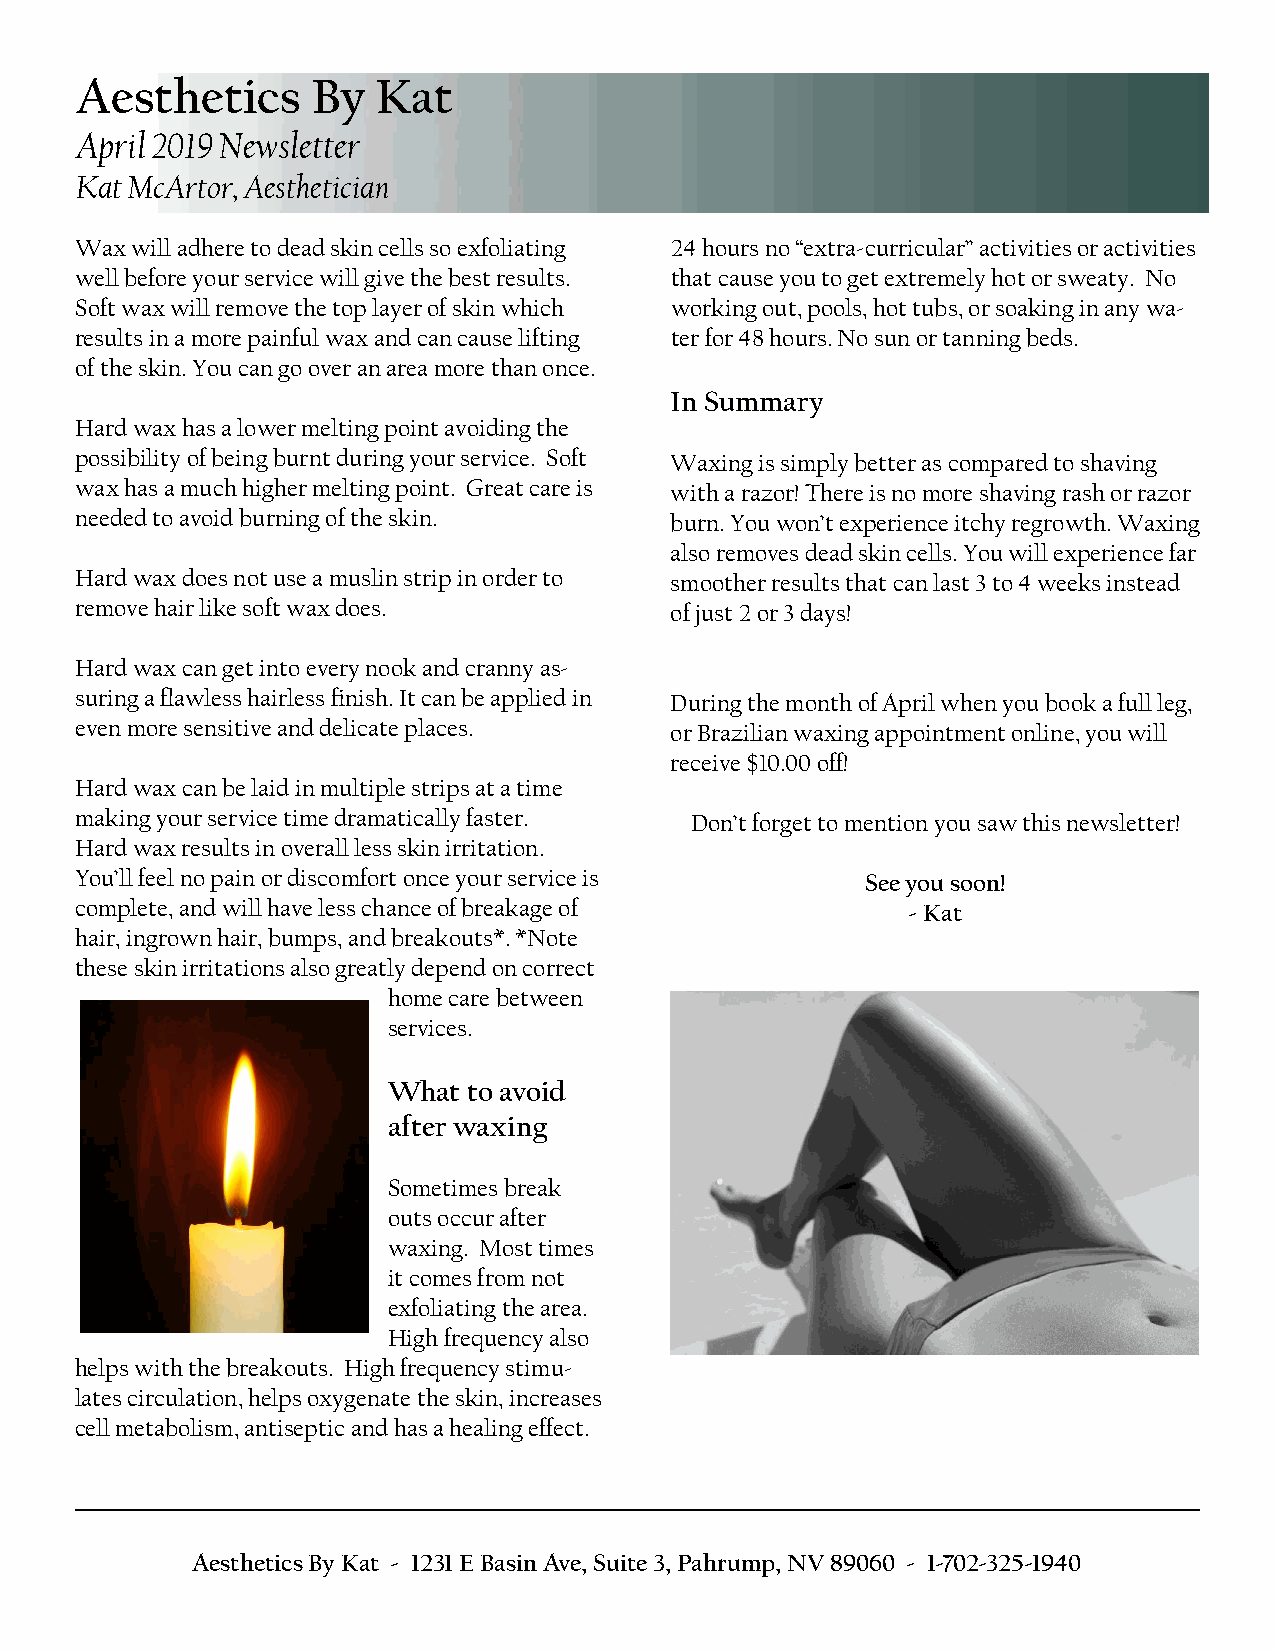
Aesthetics      By  Kat
 April 2019 Newsletter
 Kat McArtor, Aesthetician
 Wax will adhere to dead skin cells so exfoliating 24 hours no “extra-curricular” activities or activities
 well before your service will give the best results. that cause you to get extremely hot or sweaty. No
 Soft wax will remove the top layer of skin which working out, pools, hot tubs, or soaking in any wa-
 results in a more painful wax and can cause lifting ter for 48 hours. No sun or tanning beds.
 of the skin. You can go over an area more than once.
 In Summary
 Hard wax has a lower melting point avoiding the
 possibility of being burnt during your service. Soft Waxing is simply better as compared to shaving
 wax has a much higher melting point. Great care is with a razor! There is no more shaving rash or razor
 needed to avoid burning of the skin.   burn. You won’t experience itchy regrowth. Waxing
 also removes dead skin cells. You will experience far
 Hard wax does not use a muslin strip in order to smoother results that can last 3 to 4 weeks instead
 remove hair like soft wax does.        of just 2 or 3 days!
 Hard wax can get into every nook and cranny as-
 suring a flawless hairless finish. It can be applied in During the month of April when you book a full leg,
 even more sensitive and delicate places. or Brazilian waxing appointment online, you will
 receive $10.00 off!
 Hard wax can be laid in multiple strips at a time
 making your service time dramatically faster. Don’t forget to mention you saw this newsletter!
 Hard wax results in overall less skin irritation.
 You’ll feel no pain or discomfort once your service is See you soon!
 complete, and will have less chance of breakage of     - Kat
 hair, ingrown hair, bumps, and breakouts*. *Note
 these skin irritations also greatly depend on correct
 home care between
 services.
 What to avoid
 after waxing
 Sometimes break
 outs occur after
 waxing. Most times
 it comes from not
 exfoliating the area.
 High frequency also
 helps with the breakouts. High frequency stimu-
 lates circulation, helps oxygenate the skin, increases
 cell metabolism, antiseptic and has a healing effect.
 Aesthetics By Kat - 1231 E Basin Ave, Suite 3, Pahrump, NV 89060 - 1-702-325-1940